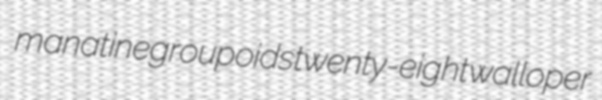
manatine groupoids twenty-eight walloper